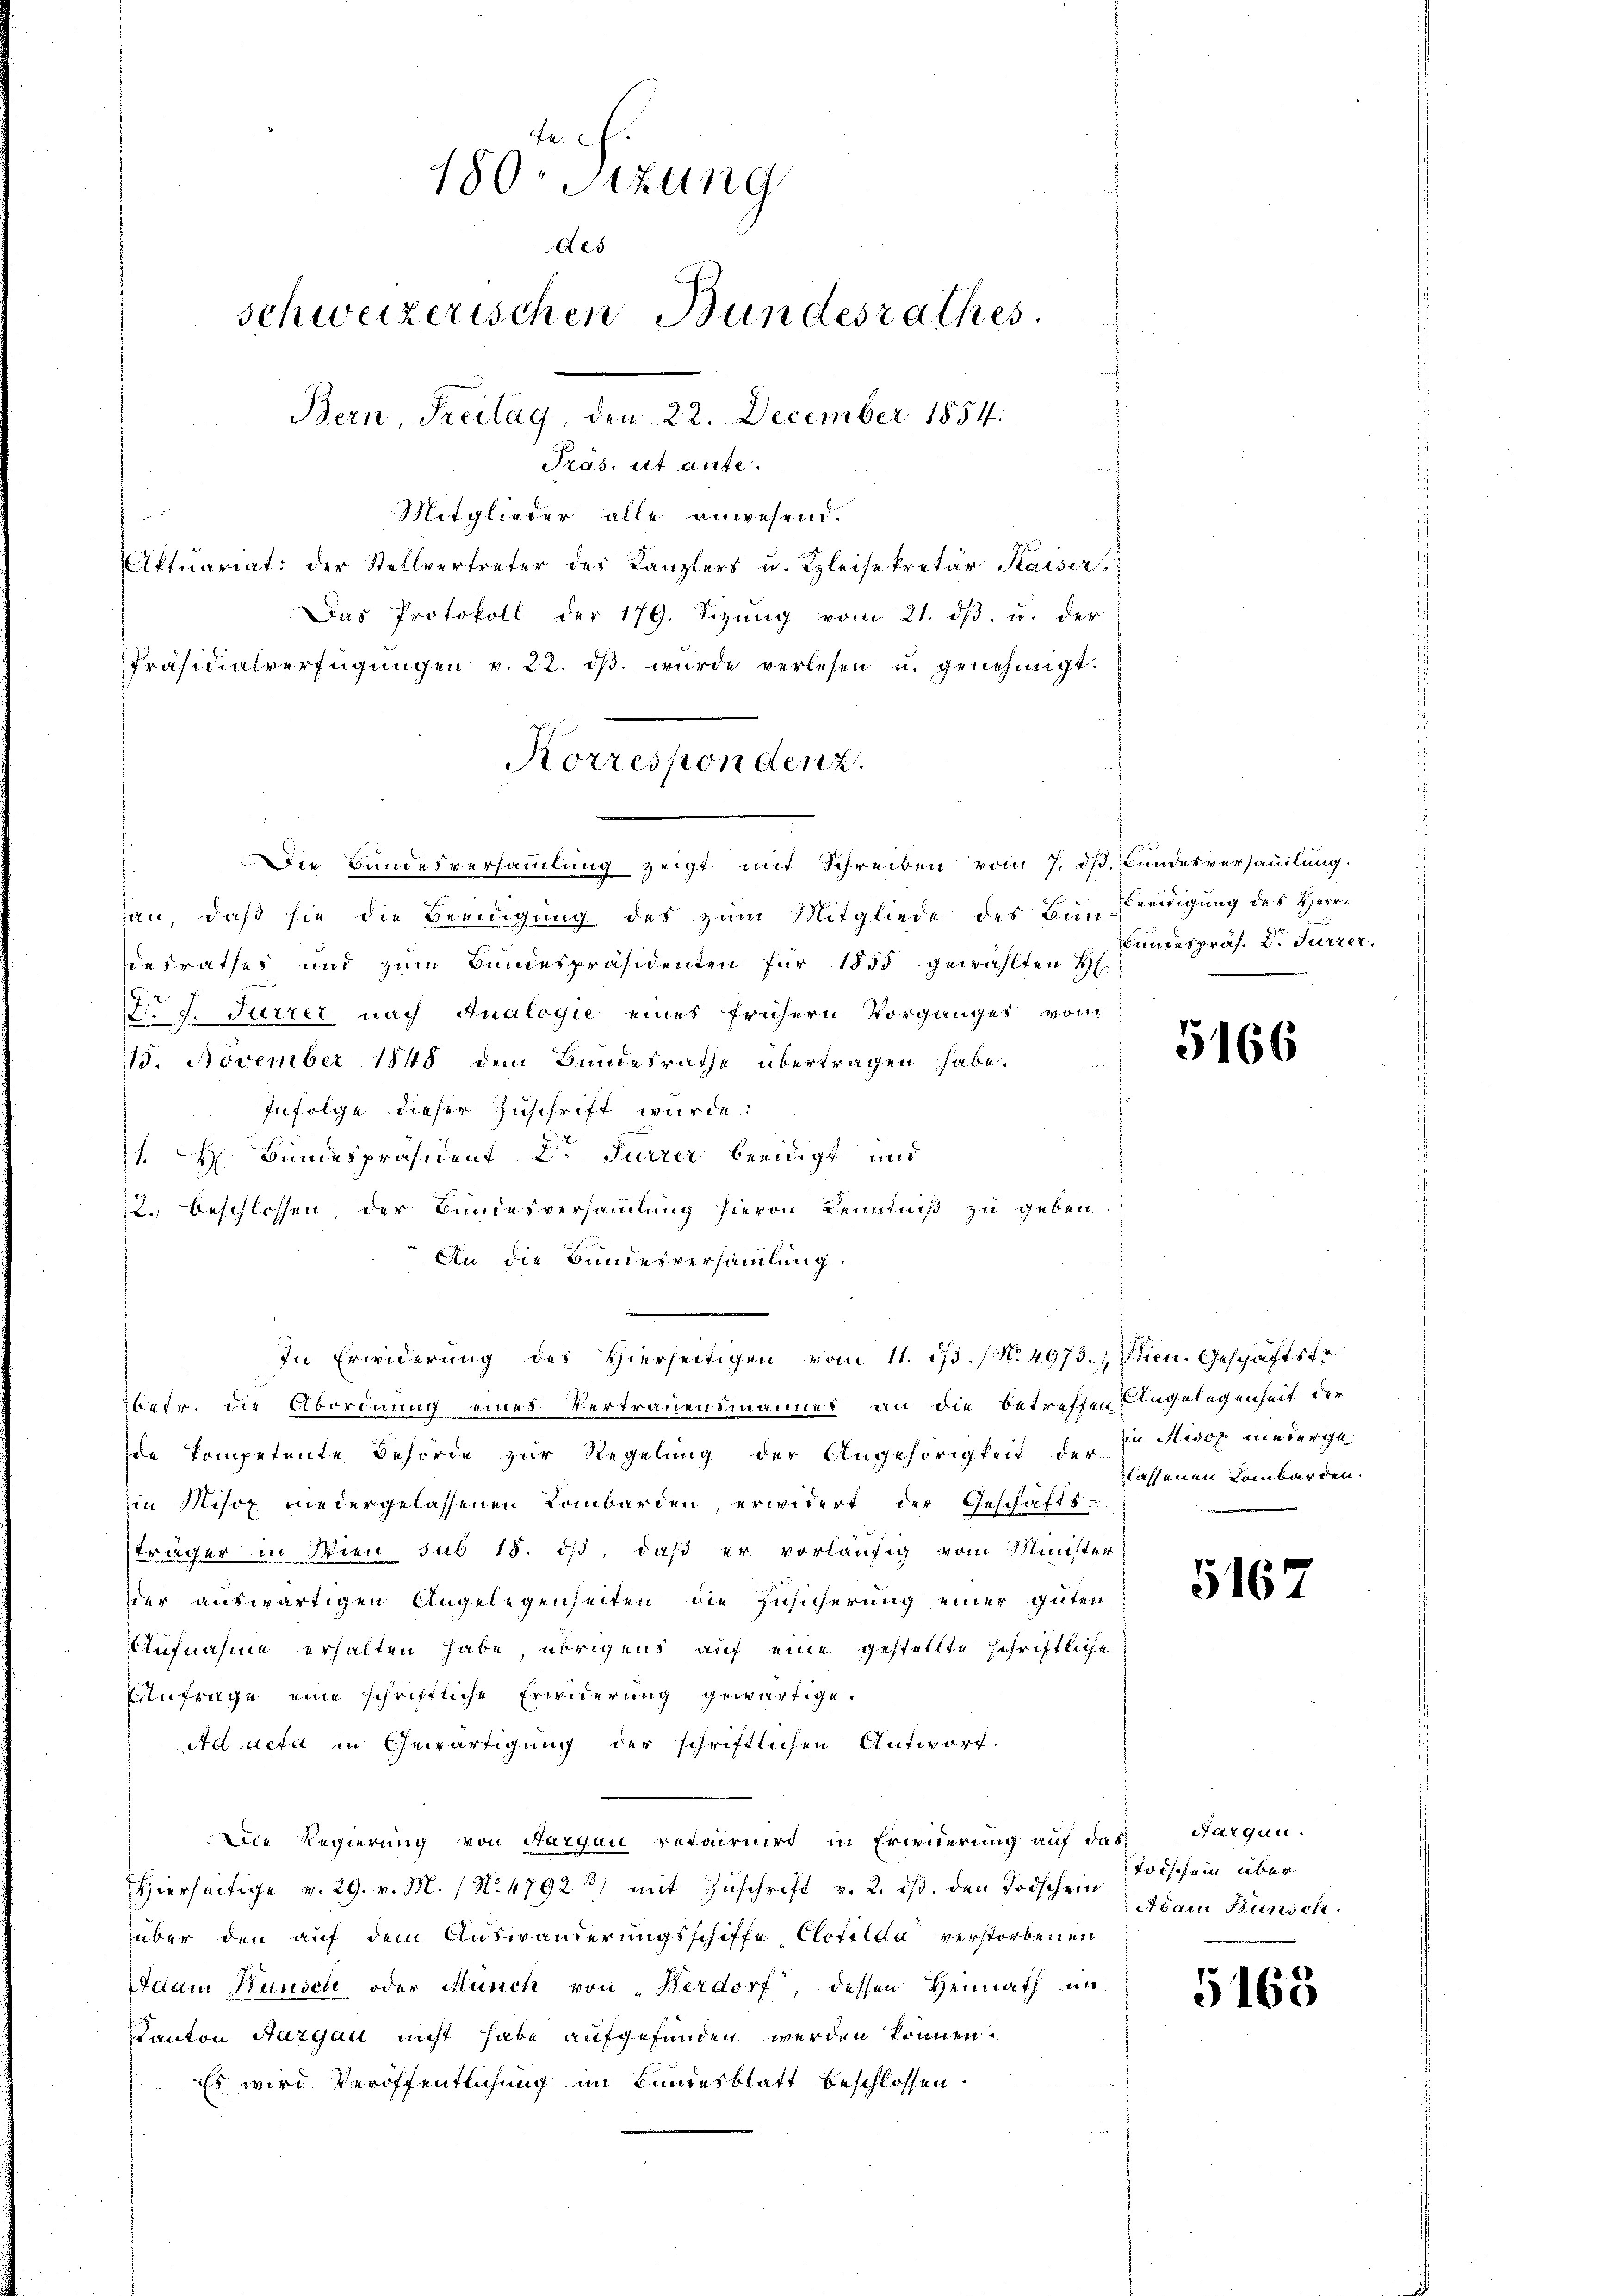
4
180. Sizung
Aes
schweizerischen Bundesrathes.
Bern, Freitag, den 22. December 1854.
Präs. ist ante.
i
Mitglieder alle anwesend.
Aktuariat: der Stellvertreter des Kanzlers u. Kleisekretär Kaiser
Das Protokoll der 179. Sizŭng vom 21. dβ. u. der
Präsidialverfügŭngen v. 22. dβ. wurde verlesen u. genehmigt.

Die Bundesversammlung zeigt mit Schreiben vom 7. dß. Bundesversammlung.
han, daß sie die Beeidigung des zum Mitgliede des Bunreidigung des Herrn
esrathes und zŭm Bŭndespräsidenten für 1855 gewählten Hs.
F. J. Furrer nach Analogie eines frühern Vorganges vom
115. November 1848 dem Bundesrathe übertragen habe.
Infolge dieser Zuschrift wurde.
. H. Bundespräsident Dr Furrer beeidigt und
2. beschlossen, der Bundesversammlung hievon Kenntniß zu geben.
An die Bundesversammlung.
In Erwiderŭng des Hierseitigen vom 11. dβ. (N. 4973.) Wien. Geschäftsfr
betr. die Abordnung eines Vertrauensmannes an die betreffen Angelegenheit der
de kompetente Behörde zur Regelung der Angehörigkeit der Dr. Misox niederge
in Misox niedergelassenen Lombarden, erwidert der Geschäfts-
sträger in Wien sub 18. ds, daß er vorläufig vom Minister
dder auswärtigen Angelegenheiten die Zusicherung einer guten
Aufnahme erhalten habe, übrigens auf eine gestellte schriftliche
Anfrage eine schriftliche Erwiderung gewärtige.
Ad acta in Gewärtigung der schriftlichen Antwort.
Die Regierung von Aargau retairnirt in Erwierung auf das Aargau.
Hierseitige v. 29. v. M. (N. 4792 3) mit Zuschrift v. 2. ist. den Todschein
über den auf dem Auswanderungsschiffe Clotilda verstorbenen
Adam Bunden oder Münch von „Berdorf, dessen Heimath un
Kanton Aargau nicht habe aufgefunden werden können.
Es wird Veröffentlichung im Bundesblatt beschlossen.

Korrespondenz.

Bundespräs. Dr. Fürzer,

5166

lassenen Lombarden.

5167

Todschein über
Adam Wunsch

5168